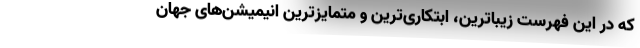
که در این فهرست زیباترین، ابتکاری‌ترین و متمایزترین انیمیشن‌های جهان